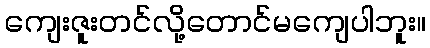
ကျေးဇူးတင်လို့တောင်မကျေပါဘူး။